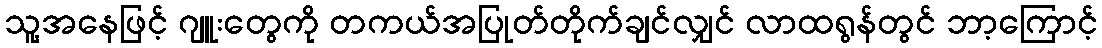
သူ့အနေဖြင့် ဂျူးတွေကို တကယ်အပြုတ်တိုက်ချင်လျှင် လာထရွန်တွင် ဘာ့ကြောင့်